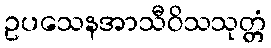
ဥပသေနအာသီဝိသသုတ္တံ